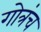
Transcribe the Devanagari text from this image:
गोत्रंच